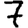
Digit: 7